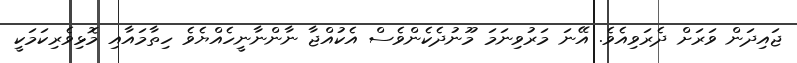
ޖައިދަން ވަރަށް ދެރަވިއެވެ. އޭނަ މަރުވިނަމަ މޫނުދެކެންވެސް އެކުއްޖާ ނާންނާނީހެއްޔެވެ ހިތާމައާއި މޮޅިވެރިކަމަކީ